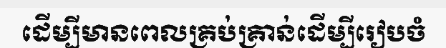
ដើម្បីមានពេលគ្រប់គ្រាន់ដើម្បីរៀបចំ